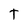
Character: t